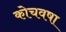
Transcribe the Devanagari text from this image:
कोचवषा